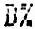
D%